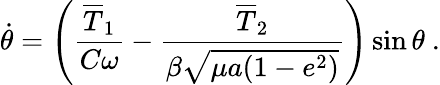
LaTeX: \dot{\theta}=\left(\frac{\overline{T}_{1}}{C\omega}-\frac{\overline{T}_{2}}{\beta\sqrt{\mu a(1-e^{2})}}\right)\sin\theta\ .